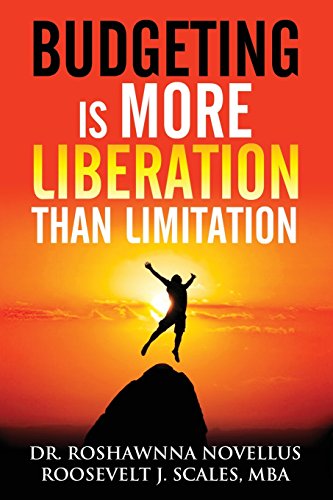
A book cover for Budgeting Is More Liberation Than Limitation; Roshawnna Novellus; Business & Money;